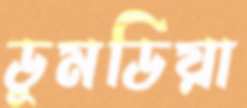
ডুমডিয়া